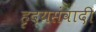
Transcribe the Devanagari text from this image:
हृदयसंवादी